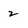
Character: 2